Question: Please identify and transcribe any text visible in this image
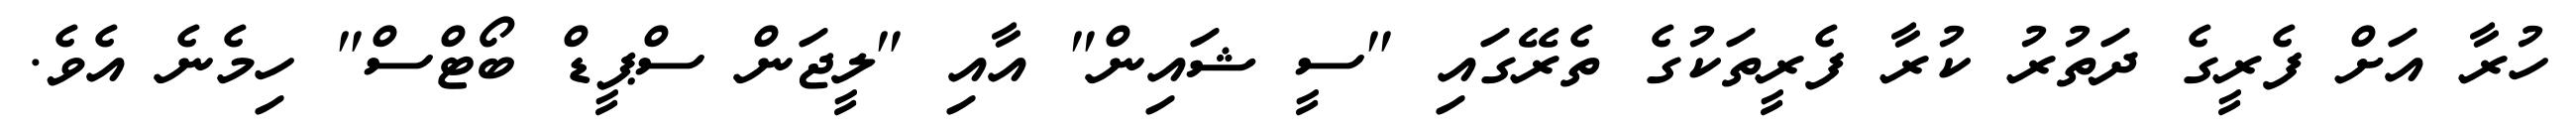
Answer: ހުރާ އަށް ފެރީގެ ދަތުރު ކުރާ ފެރީތަކުގެ ތެރޭގައި "ސީ ޝައިން" އާއި "ލީޖަން ސްޕީޑް ބޯޓްސް" ހިމެނެ އެވެ.